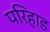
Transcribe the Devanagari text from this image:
परिहाड